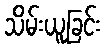
သိမ်းယူခြင်း